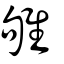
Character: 雊